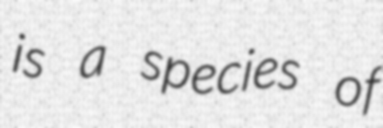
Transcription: is a species of